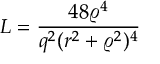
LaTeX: { \cal L } = \frac { 4 8 \varrho ^ { 4 } } { q ^ { 2 } ( r ^ { 2 } + \varrho ^ { 2 } ) ^ { 4 } }